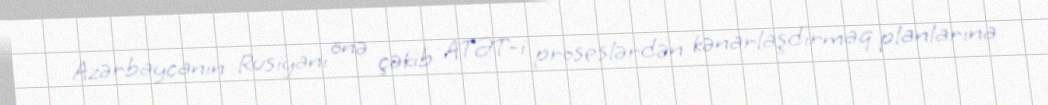
Azərbaycanın Rusiyanı önə çəkib ATƏT-i proseslərdən kənarlaşdırmaq planlarına